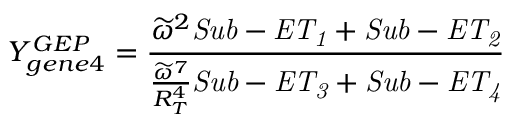
Y _ { g e n e 4 } ^ { G E P } = \frac { \widetilde { \omega } ^ { 2 } \mathit { S u b - E T _ { 1 } } + \mathit { S u b - E T _ { 2 } } } { \frac { \widetilde { \omega } ^ { 7 } } { R _ { T } ^ { 4 } } \mathit { S u b - E T _ { 3 } } + \mathit { S u b - E T _ { 4 } } }